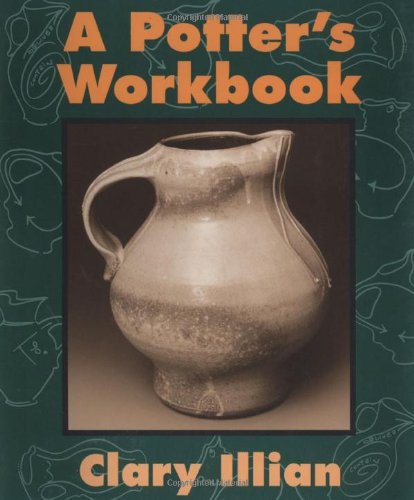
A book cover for A Potter's Workbook; Clary Illian; Crafts, Hobbies & Home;